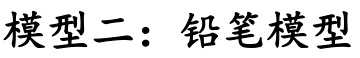
模型二：铅笔模型